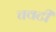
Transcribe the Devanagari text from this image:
चवटी